Report of an investigation of the epidemic of malarial fever in Assam, or, kala-azar
Disease focus: Malaria
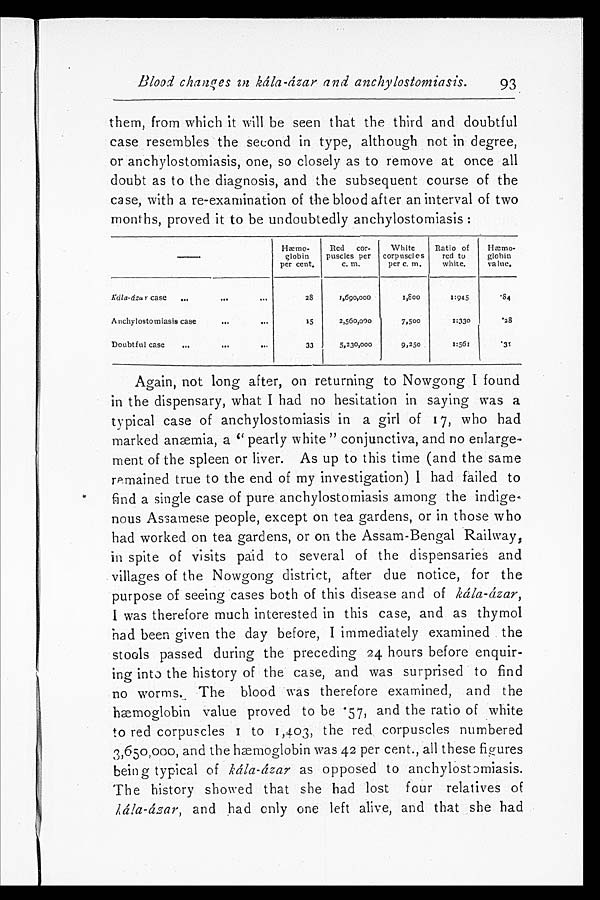
Blood changes in kála-ázar and anchylostomiasis.
93
them, from which it will be seen that the third and doubtful
case resembles the second in type, although not in degree,
or anchylostomiasis, one, so closely as to remove at once all
doubt as to the diagnosis, and the subsequent course of the
case, with a re-examination of the blood after an interval of two
months, proved it to be undoubtedly anchylostomiasis:
———
H æ m o - g l o b i n p e r c e n t .
Red cor-
puscles per
c. m.
White
corpuscles
per c. m.
Ratio of
red to
white.
H æ m o - g l o b i n v a l u e .
Kála-ázar case
28
1 , 6 0 0 , 0 0 0
1 , 8 0 0
1:945
. 8 4
Anchylostomiasis case
15
2,560,000
7,500
1:330
.28
Doubtful case
33
5 , 2 3 0 , 0 0 0
9,250
1:561
. 3 1
Again, not long after, on returning to Nowgong I found
in the dispensary, what I had no hesitation in saying was a
typical case of anchylostomiasis in a girl of 17, who had
marked anæmia, a "pearly white" conjunctiva, and no enlarge
-ment of the spleen or liver. As up to this time (and the same
remained true to the end of my investigation) I had failed to
find a single case of pure anchylostomiasis among the indige
-nous Assamese people, except on tea gardens, or in those who
had worked on tea gardens, or on the Assam-Bengal Railway,
in spite of visits paid to several of the dispensaries and
villages of the Nowgong district, after due notice, for the
purpose of seeing cases both of this disease and of kálá-ázar,
I was therefore much interested in this case, and as thymol
had been given the day before, I immediately examined the
stools passed during the preceding 24 hours before enquir
-ing into the history of the case, and was surprised to find
no worms. The blood was therefore examined, and the
hæmoglobin value proved to be .57, and the ratio of white
to red corpuscles 1 to 1,403, the red corpuscles numbered
3,650,000, and the hæmoglobin was 42 per cent., all these figures
being typical of kála-ázar as opposed to anchylostomiasis.
The history showed that she had lost four relatives of
kála-ázar, and had only one left alive, and that she had